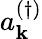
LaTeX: a_{\mathbf{k}}^{(\dagger)}